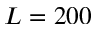
L = 2 0 0